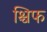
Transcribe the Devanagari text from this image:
श्चिफ